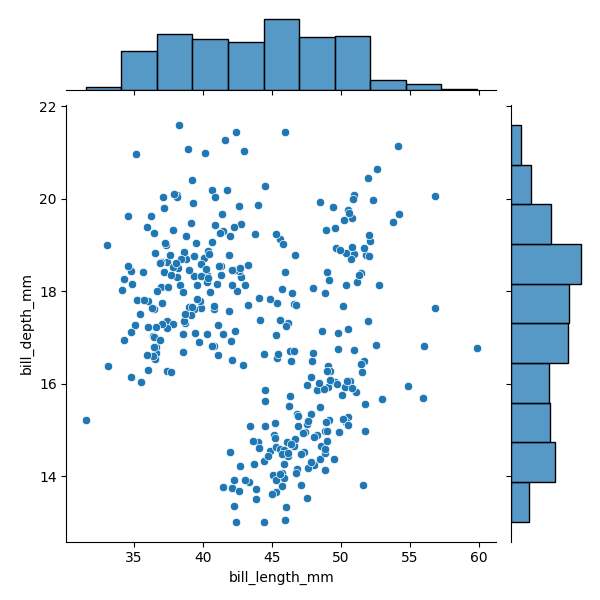
python, seaborn, JointGrid, scatterplot, histplot